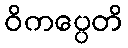
ဝိကပ္ပေတိ